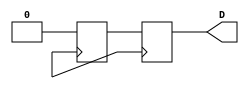
`timescale 1ns / 1ps

module always_sequency(
output reg D
    );
    reg clk =1'b0;
//  Clock  
    always begin
       #5; 
       clk= ~clk;
    end
    
//    Sequential Logic
    reg B,C,A;
    always @(posedge clk) begin
        B <= A;
        C <= B;
        D <= C;
    
    end
    /*  A'nn deeri direkt D' ye aktarlacakt.
     always @(posedge clk) begin
        B = A;
        C = B;
        D = C;
    
    end*/
    
//    Testbench
    initial begin
        A=0;
        B=0;
        C=0;
        
        #10;
        A=1;
        
        #10
        A=0;    
    end
endmodule